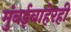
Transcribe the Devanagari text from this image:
मुंबईबाहेरही